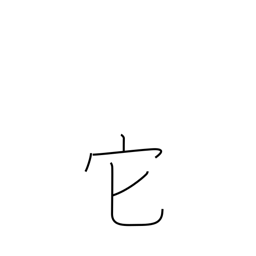
Meaning: other